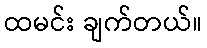
ထမင်း ချက်တယ်။